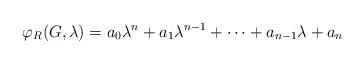
LaTeX: \begin{align*} \varphi_R(G,\lambda)=a_0\lambda^n+a_1\lambda^{n-1}+\dots+a_{n-1}\lambda+a_n \end{align*}